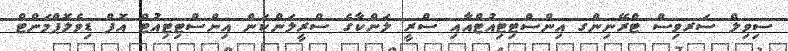
ސިވިލް ސަރވިސް ޓްރޭނިންގ އިންސްޓިޓިއުޓްއާއި ސްރީ ލަންކާގެ ސްރީލަންކަން އިންސްޓިޓިއުޓް އޮފް ޑިވެލޮޕްމަންޓް